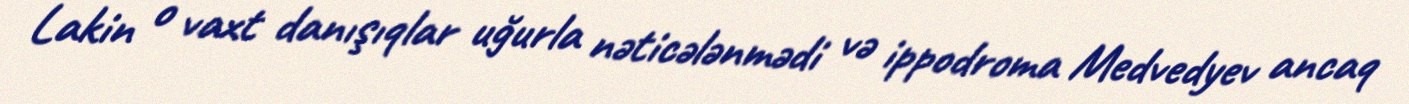
Lakin o vaxt danışıqlar uğurla nəticələnmədi və ippodroma Medvedyev ancaq